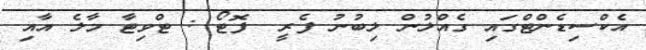
އެކްސިޑެންޓްގައި ގެއްލުން ލިބުނު ފެރީ  ފޮޓޯ : ޓްވިޓާ މާލެ އާއި